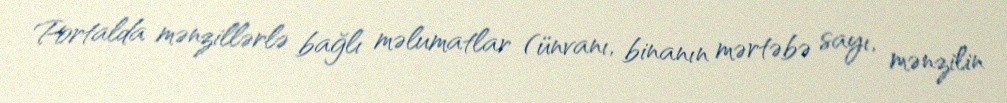
Portalda mənzillərlə bağlı məlumatlar (ünvanı, binanın mərtəbə sayı, mənzilin